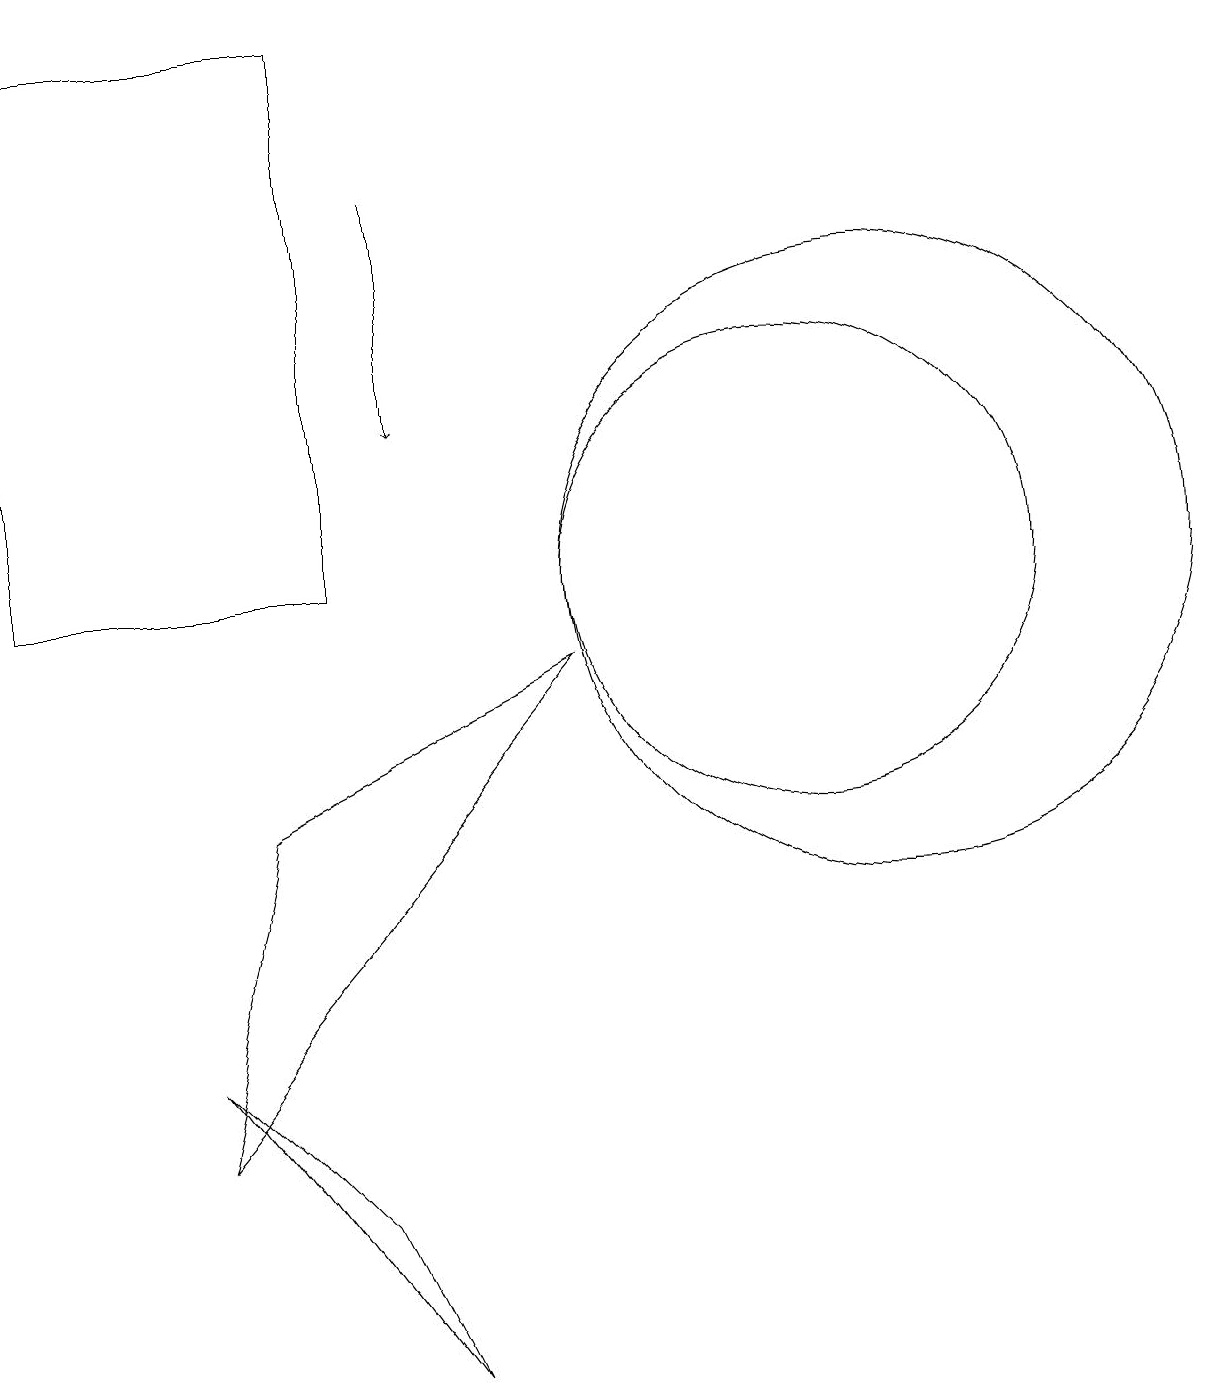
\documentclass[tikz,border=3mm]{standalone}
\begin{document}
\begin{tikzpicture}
\draw (3,4) -- (6,0) -- (5,2) -- cycle;
\draw (12,10) circle (4);
\draw (11,10) circle (3);
\draw (1,10) rectangle (5,17);
\draw[->] (6,15) -- (6,12);
\draw (4,7) -- (3,3) -- (8,9) -- cycle;
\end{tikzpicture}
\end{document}